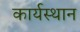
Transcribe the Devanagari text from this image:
कार्यस्‍थान